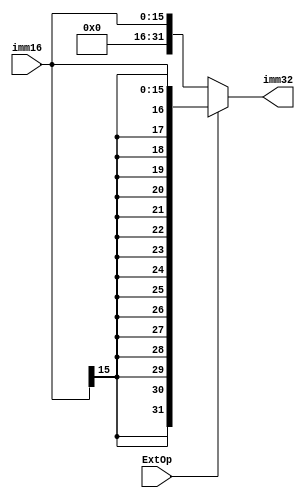
module extendByExtop(
    input [15:0] imm16,
    input ExtOp,
    output [31:0] imm32
);
    // 100
    assign imm32 = ExtOp ? {{16{imm16[15]}}, imm16} : {16'b0, imm16};
endmodule